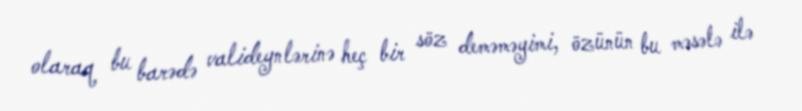
olaraq bu barədə valideynlərinə heç bir söz deməməyimi, özünün bu məsələ ilə